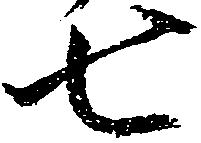
七